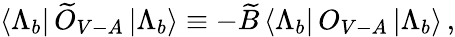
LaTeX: \langle\Lambda_{b}|\, \widetilde O_{V-A}\, |\Lambda_{b}\rangle\equiv-\widetilde B\, \langle\Lambda_{b}|\, O_{V-A}\, |\Lambda_{b}\rangle\, ,